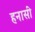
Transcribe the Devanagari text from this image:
हनासी